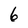
Character: 6